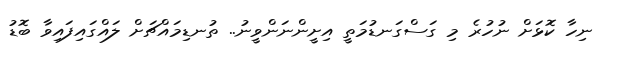
ނިހާ ކޮޅަށް ނުހުރެ މި ގަސްގަނޑުމަތީ އިށީންނަންވީނު.. ތުނޑިމައްޗަށް ލައްގައިފައިވާ ބޮޑު